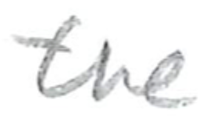
Text: the
Cross-out: clean
Writing tool: pencil